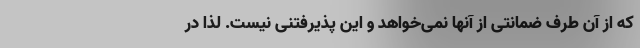
که از آن طرف ضمانتی از آنها نمی‌خواهد و این پذیرفتنی نیست. لذا در